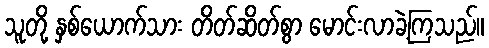
သူတို့ နှစ်ယောက်သား တိတ်ဆိတ်စွာ မောင်းလာခဲ့ကြသည်။